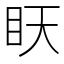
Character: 䀖